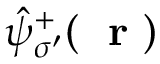
\hat { \psi } _ { \sigma ^ { \prime } } ^ { + } ( \mathrm { ~ \bf ~ r ~ } )